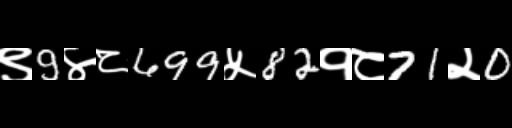
Text: ९9४८699५82१८71२0